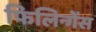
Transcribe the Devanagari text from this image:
फिलिन्गेंस